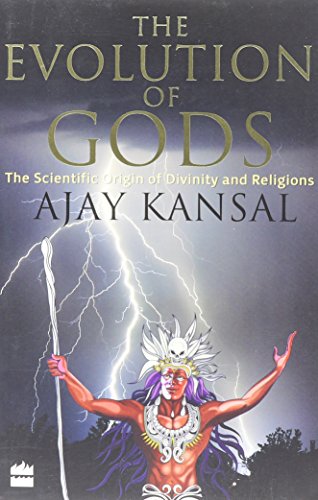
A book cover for The Evolution of Gods: The Scientific Origin of Divinity and Religions; Ajay Kansal; Religion & Spirituality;